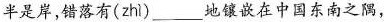
半是岸，错落有( zhì )___地镶嵌在中国东南之隅，